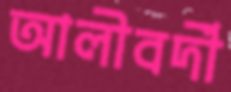
আলীবর্দী